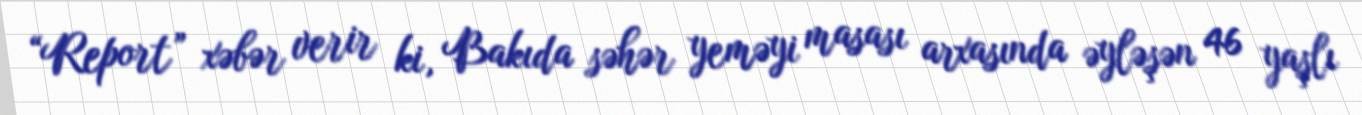
“Report” xəbər verir ki, Bakıda səhər yeməyi masası arxasında əyləşən 46 yaşlı